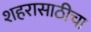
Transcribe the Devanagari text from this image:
शहरासाठीचा